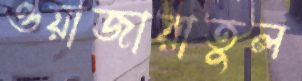
ওয়াজারাতুল